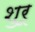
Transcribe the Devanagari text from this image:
शुरू